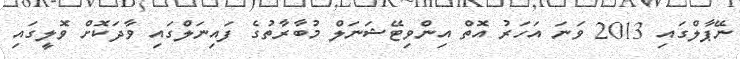
ނޭޕާލްގައި 2013 ވަނަ އަހަރު އޮތް އިންވިޓޭޝަނަލް މުބާރާތުގެ ފައިނަލްގައި ވާދަކޮށް ވޮލީގައި